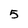
Character: 5